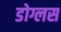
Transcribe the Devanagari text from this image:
डोग्लस